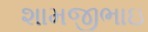
શામજીભાઇ